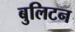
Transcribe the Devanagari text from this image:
बुलिटन